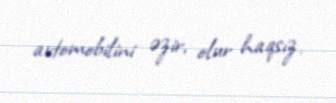
avtomobilini əzir, olur haqsız.